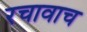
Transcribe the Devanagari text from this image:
रचावाच